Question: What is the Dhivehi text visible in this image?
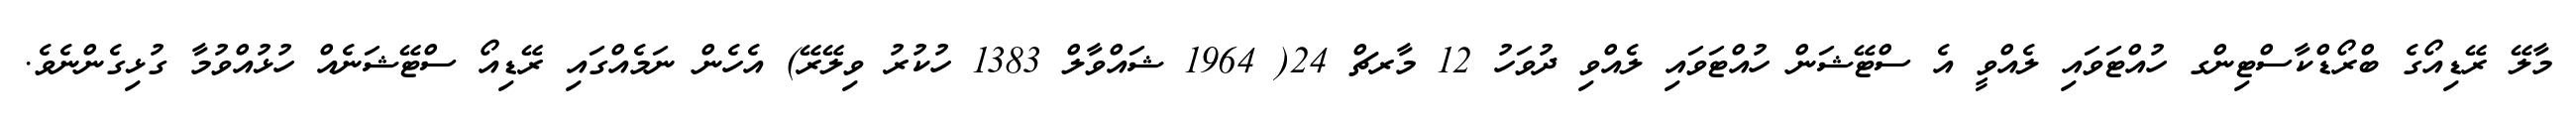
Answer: މާލޭ ރޭޑިއޯގެ ބްރޯޑްކާސްޓިންގ ހުއްޓަވައި ލެއްވީ އެ ސްޓޭޝަން ހުއްޓަވައި ލެއްވި ދުވަހު 12 މާރޗް 24( 1964 ޝައްވާލް 1383 ހުކުރު ވިލޭރޭ) އެހެން ނަމެއްގައި ރޭޑިއޯ ސްޓޭޝަނެއް ހުޅުއްވުމާ ގުޅިގެންނެވެ.